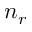
n _ { r }